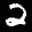
Label: 2